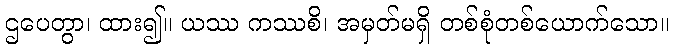
ဌပေတွာ၊ ထား၍။ ယဿ ကဿစိ၊ အမှတ်မရှိ တစ်စုံတစ်ယောက်သော။